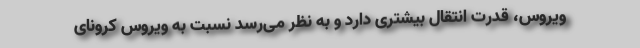
ویروس، قدرت انتقال بیشتری دارد و به نظر می‌رسد نسبت به ویروس کرونای